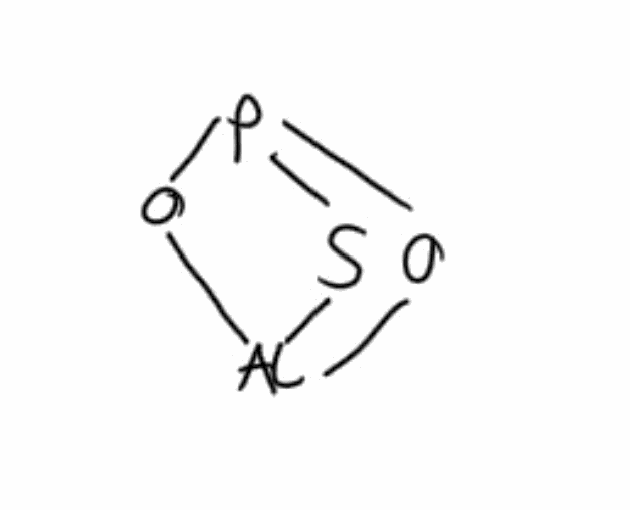
Simplified molecular-input line-entry system (SMILES) notation of the given molecule:
O1[Al]2OP1S2